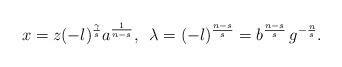
LaTeX: \begin{align*}x=z(-l)^{\frac{\gamma}{s}}a^{\frac{1}{n-s}},\,\,\,\lambda=(-l)^{\frac{n-s}{s}}=b^{\frac{n-s}{s}}\,g^{-\frac{n}{s}}.\end{align*}